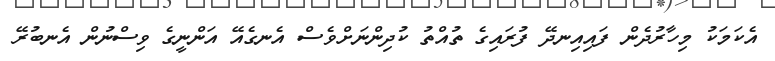
އެކަމަކު މިހާރުދެން ފައިއިނދޭ ފުރައިގެ ތުއްތު ކުދިންނަށްވެސް އެނގެއޭ އަންނީގެ ވިސްނުން އެނބުރޭ